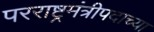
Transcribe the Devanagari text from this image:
परराष्ट्रमंत्रीपदाच्या